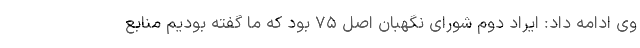
وی ادامه داد: ایراد دوم شورای نگهبان اصل ۷۵ بود که ما گفته بودیم منابع